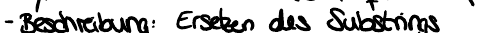
- Beschreibung: Ersetzen des Substrings